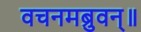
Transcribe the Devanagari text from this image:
वचनमब्रुवन्॥